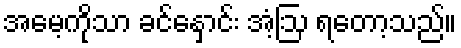
အမေ့ကိုသာ ခင်နှောင်း အံ့ဩ ရတော့သည်။